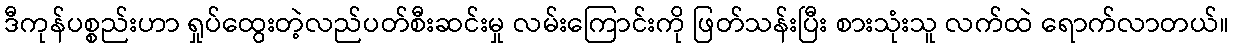
ဒီကုန်ပစ္စည်းဟာ ရှုပ်ထွေးတဲ့လည်ပတ်စီးဆင်းမှု လမ်းကြောင်းကို ဖြတ်သန်းပြီး စားသုံးသူ လက်ထဲ ရောက်လာတယ်။